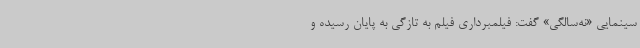
سینمایی «نه‌سالگی» گفت: فیلمبرداری فیلم به تازگی به پایان رسیده و